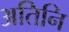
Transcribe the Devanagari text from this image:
अतिनि